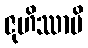
ဇုဟိဿာမိ